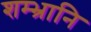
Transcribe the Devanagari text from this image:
शम्भ्रानि